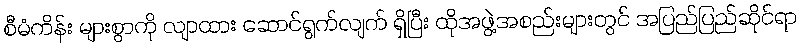
စီမံကိန်း များစွာကို လျာထား ဆောင်ရွက်လျက် ရှိပြီး ထိုအဖွဲ့အစည်းများတွင် အပြည်ပြည်ဆိုင်ရာ